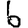
Digit: 6